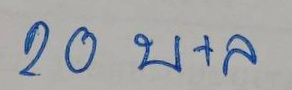
20 บ+ล